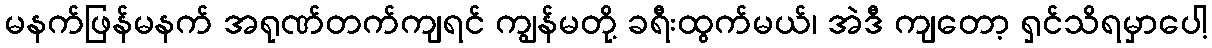
မနက်ဖြန်မနက် အရုဏ်တက်ကျရင် ကျွန်မတို့ ခရီးထွက်မယ်၊ အဲဒီ ကျတော့ ရှင်သိရမှာပေါ့